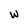
Character: W